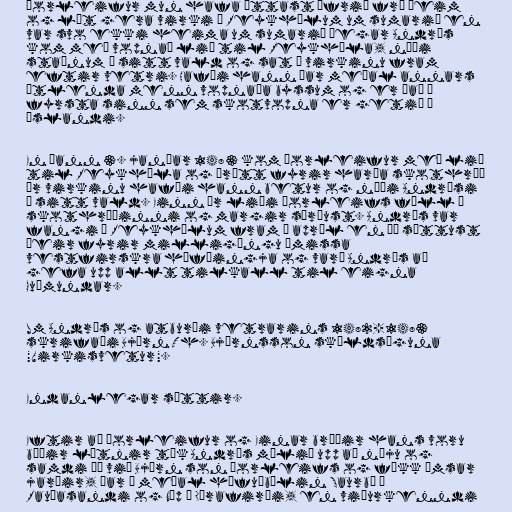
Þorleifur mun hafa óttast ófrið frá þeim
og lét gera virki á Reykhólum um sumarið en
var svo ekki heima um sumarið þegar Andrés
kom með vopnað lið til Reykhóla, náði
staðnum á sitt vald og sat í virkinu fram
eftir vetri. Hafði hann þar meðal annars
útlenda menn vopnaða byssum og er það í
fyrsta sinn sem skotvopna er getið á
Íslandi.

En þann 3. janúar 1483 kom Þorleifur með lið
til Reykhóla og þrátt fyrir harða skothríð
úr virkinu hafði hann betur og náði Andrési
á sitt vald. Einn úr liði Þorleifs féll í
skothríðinni og margir særðust. Andrés var
fangi á Reykhólum fram í apríl en þá sættust
þeir fyrir milligöngu ýmissa
vestfirskra höfðingja og varð Andrés að
gefa upp allt tilkall til eigna
Guðmundar.

Um Andrés og atburði vetrarins 1482-1483
skrifaði Björn Th. Björnsson skáldsöguna
"Virkisvetur".

Endanlegar sættir.

Eftir að Þorleifur og Einar bróðir hans voru
báðir látnir tók Andrés málið upp að nýju og
samdi þá við Björn son Þorleifs og fékk ýmsar
jarðir, þar á meðal höfuðbólin Saurbæ á
Rauðasandi og Núp í Dýrafirði, en viðurkenndi